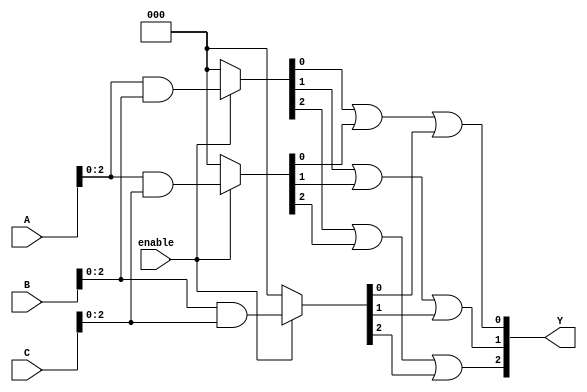
module jewel_pal (
    input wire [3:0] A,        // 4-bit input
    input wire [3:0] B,        // 4-bit input
    input wire [3:0] C,        // 4-bit input
    input wire enable,          // Enable signal
    output wire [2:0] Y        // 3-bit output
);

// Programmable AND array
wire [3:0] and_out [0:2]; // 3 outputs from AND gates

// Example configuration of AND gates
assign and_out[0] = (enable) ? (A & B) : 4'b0000; // AND gate 1
assign and_out[1] = (enable) ? (A & C) : 4'b0000; // AND gate 2
assign and_out[2] = (enable) ? (B & C) : 4'b0000; // AND gate 3

// Fixed OR array
assign Y[0] = and_out[0][0] | and_out[1][0] | and_out[2][0]; // OR gate 1
assign Y[1] = and_out[0][1] | and_out[1][1] | and_out[2][1]; // OR gate 2
assign Y[2] = and_out[0][2] | and_out[1][2] | and_out[2][2]; // OR gate 3

endmodule